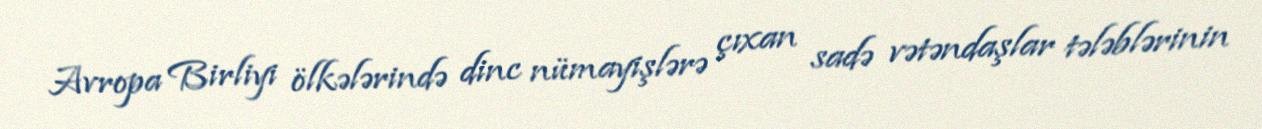
Avropa Birliyi ölkələrində dinc nümayişlərə çıxan sadə vətəndaşlar tələblərinin